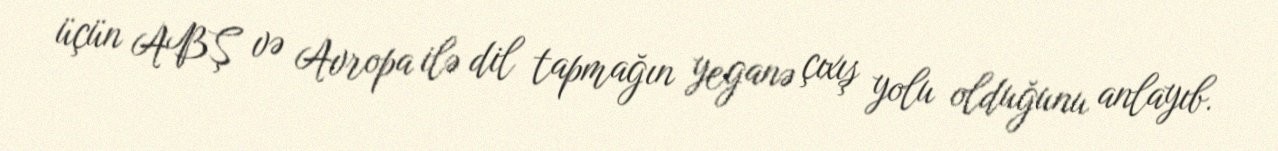
üçün ABŞ və Avropa ilə dil tapmağın yeganə çıxış yolu olduğunu anlayıb.